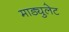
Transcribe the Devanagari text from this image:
माड्युलेट